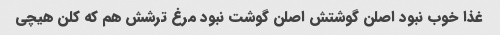
غذا خوب نبود اصلن گوشتش اصلن گوشت نبود مرغ ترشش هم که کلن هیچی